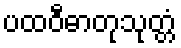
ပထဝီဓာတုသုတ္တံ